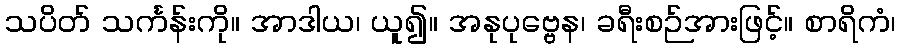
သပိတ် သင်္ကန်းကို။ အာဒါယ၊ ယူ၍။ အနုပုဗ္ဗေန၊ ခရီးစဉ်အားဖြင့်။ စာရိကံ၊